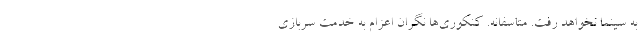
به سینما نخواهد رفت. متاسفانه. کنکوری‌ها نگران اعزام به خدمت سربازی